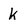
Character: k